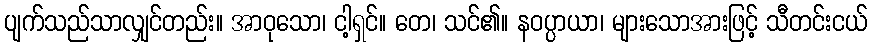
ပျက်သည်သာလျှင်တည်း။ အာဝုသော၊ ငါ့ရှင်။ တေ၊ သင်၏။ နဝပ္ပာယာ၊ များသောအားဖြင့် သီတင်းငယ်